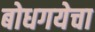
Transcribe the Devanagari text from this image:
बोधगयेचा